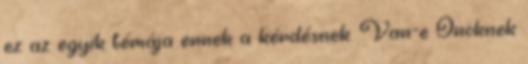
ez az egyik témája ennek a kérdésnek. Van-e Önöknek